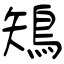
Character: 鴙